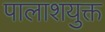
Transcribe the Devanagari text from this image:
पालाशयुक्त